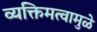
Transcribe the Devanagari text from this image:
व्यक्तिमत्वामुळे